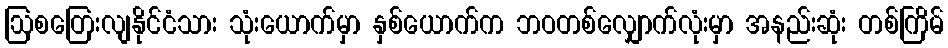
ဩစတြေးလျနိုင်ငံသား သုံးယောက်မှာ နှစ်ယောက်က ဘဝတစ်လျှောက်လုံးမှာ အနည်းဆုံး တစ်ကြိမ်